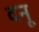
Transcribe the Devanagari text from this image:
दनू